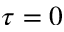
\tau = 0